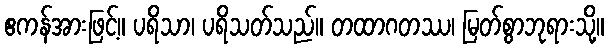
ဧကန်အားဖြင့်။ ပရိသာ၊ ပရိသတ်သည်။ တထာဂတဿ၊ မြတ်စွာဘုရားသို့။